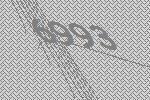
6993